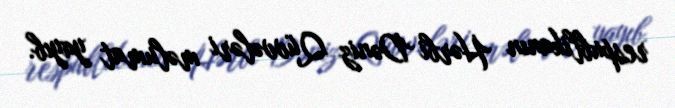
respublikanın Hərbi Dəniz Qüvvələri məlumat yayıb.